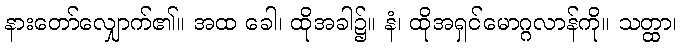
နားတော်လျှောက်၏။ အထ ခေါ၊ ထိုအခါ၌။ နံ၊ ထိုအရှင်မောဂ္ဂလာန်ကို။ သတ္ထာ၊